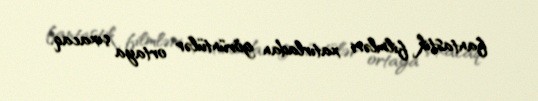
fantastik filmləri xatırladan görüntülər ortaya çıxacaq.